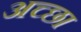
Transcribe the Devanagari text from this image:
अच्छा